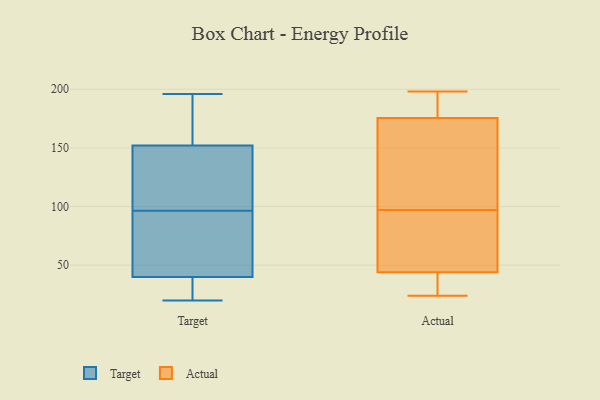
{"axis": {"x": "Temperature (°C)", "y": "Value"}, "legend": ["Actual", "Target"], "data": [{"x": "", "y": 28, "type": "Target"}, {"x": "", "y": 84, "type": "Target"}, {"x": "", "y": 95, "type": "Target"}, {"x": "", "y": 142, "type": "Target"}, {"x": "", "y": 158, "type": "Target"}, {"x": "", "y": 196, "type": "Target"}, {"x": "", "y": 98, "type": "Target"}, {"x": "", "y": 40, "type": "Target"}, {"x": "", "y": 193, "type": "Target"}, {"x": "", "y": 159, "type": "Target"}, {"x": "", "y": 40, "type": "Target"}, {"x": "", "y": 151, "type": "Target"}, {"x": "", "y": 20, "type": "Target"}, {"x": "", "y": 152, "type": "Target"}, {"x": "", "y": 86, "type": "Target"}, {"x": "", "y": 39, "type": "Target"}, {"x": "", "y": 151, "type": "Target"}, {"x": "", "y": 82, "type": "Target"}, {"x": "", "y": 195, "type": "Actual"}, {"x": "", "y": 24, "type": "Actual"}, {"x": "", "y": 185, "type": "Actual"}, {"x": "", "y": 57, "type": "Actual"}, {"x": "", "y": 44, "type": "Actual"}, {"x": "", "y": 147, "type": "Actual"}, {"x": "", "y": 112, "type": "Actual"}, {"x": "", "y": 43, "type": "Actual"}, {"x": "", "y": 198, "type": "Actual"}, {"x": "", "y": 97, "type": "Actual"}, {"x": "", "y": 44, "type": "Actual"}]}